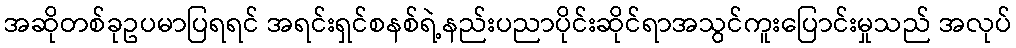
အဆိုတစ်ခုဥပမာပြရရင် အရင်းရှင်စနစ်ရဲ့နည်းပညာပိုင်းဆိုင်ရာအသွင်ကူးပြောင်းမှုသည် အလုပ်